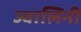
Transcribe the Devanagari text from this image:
ज्वालिनी